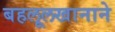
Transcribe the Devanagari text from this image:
बहलूलखानाने